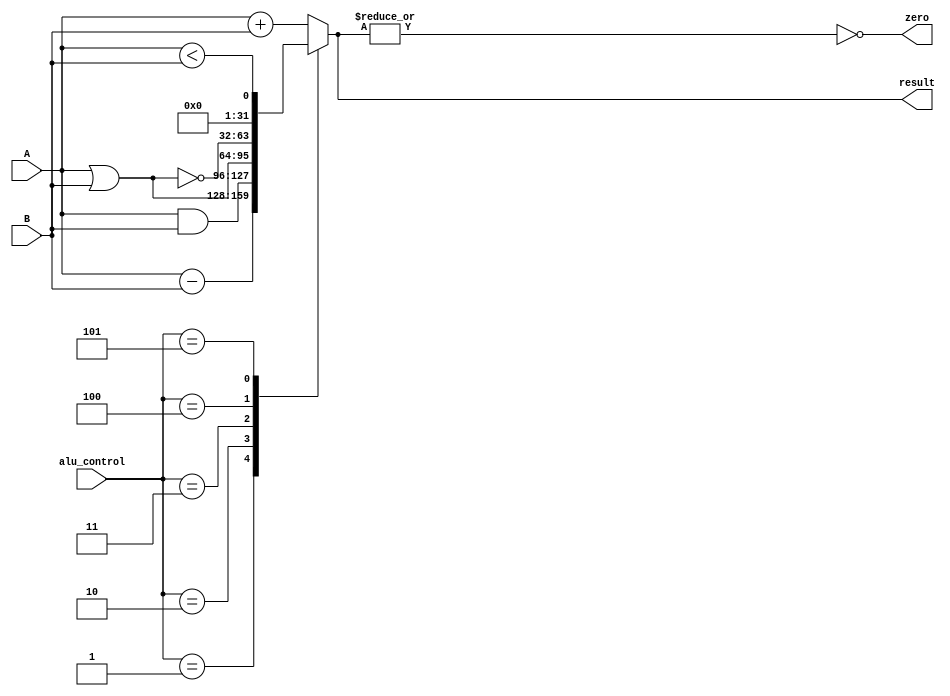
/*
Performs the desired operation from control signal.  
*/

module Alu_Core(
	A,
	B,
	alu_control,
	result,
	zero
    );

input [31:0] A;//32 bits
input [31:0] B;//32 bits
input [2:0] alu_control;//3 bits
output reg [31:0] result;
output wire zero;//computed output

assign zero = !(|result);

always @ (*)
begin
	case(alu_control)
	3'h0: result = A + B;//ADD
	3'h1: result = A - B;//SUB
	3'h2: result = A & B;//AND
	3'h3: result = A | B;//OR
	3'h4: result = ~(A | B);//NOR
	3'h5: result = (A < B);//LESS THAN
	default: result = A + B;//ADD
	endcase
end
endmodule